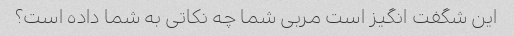
این شگفت انگیز است مربی شما چه نکاتی به شما داده است؟